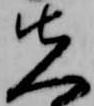
先